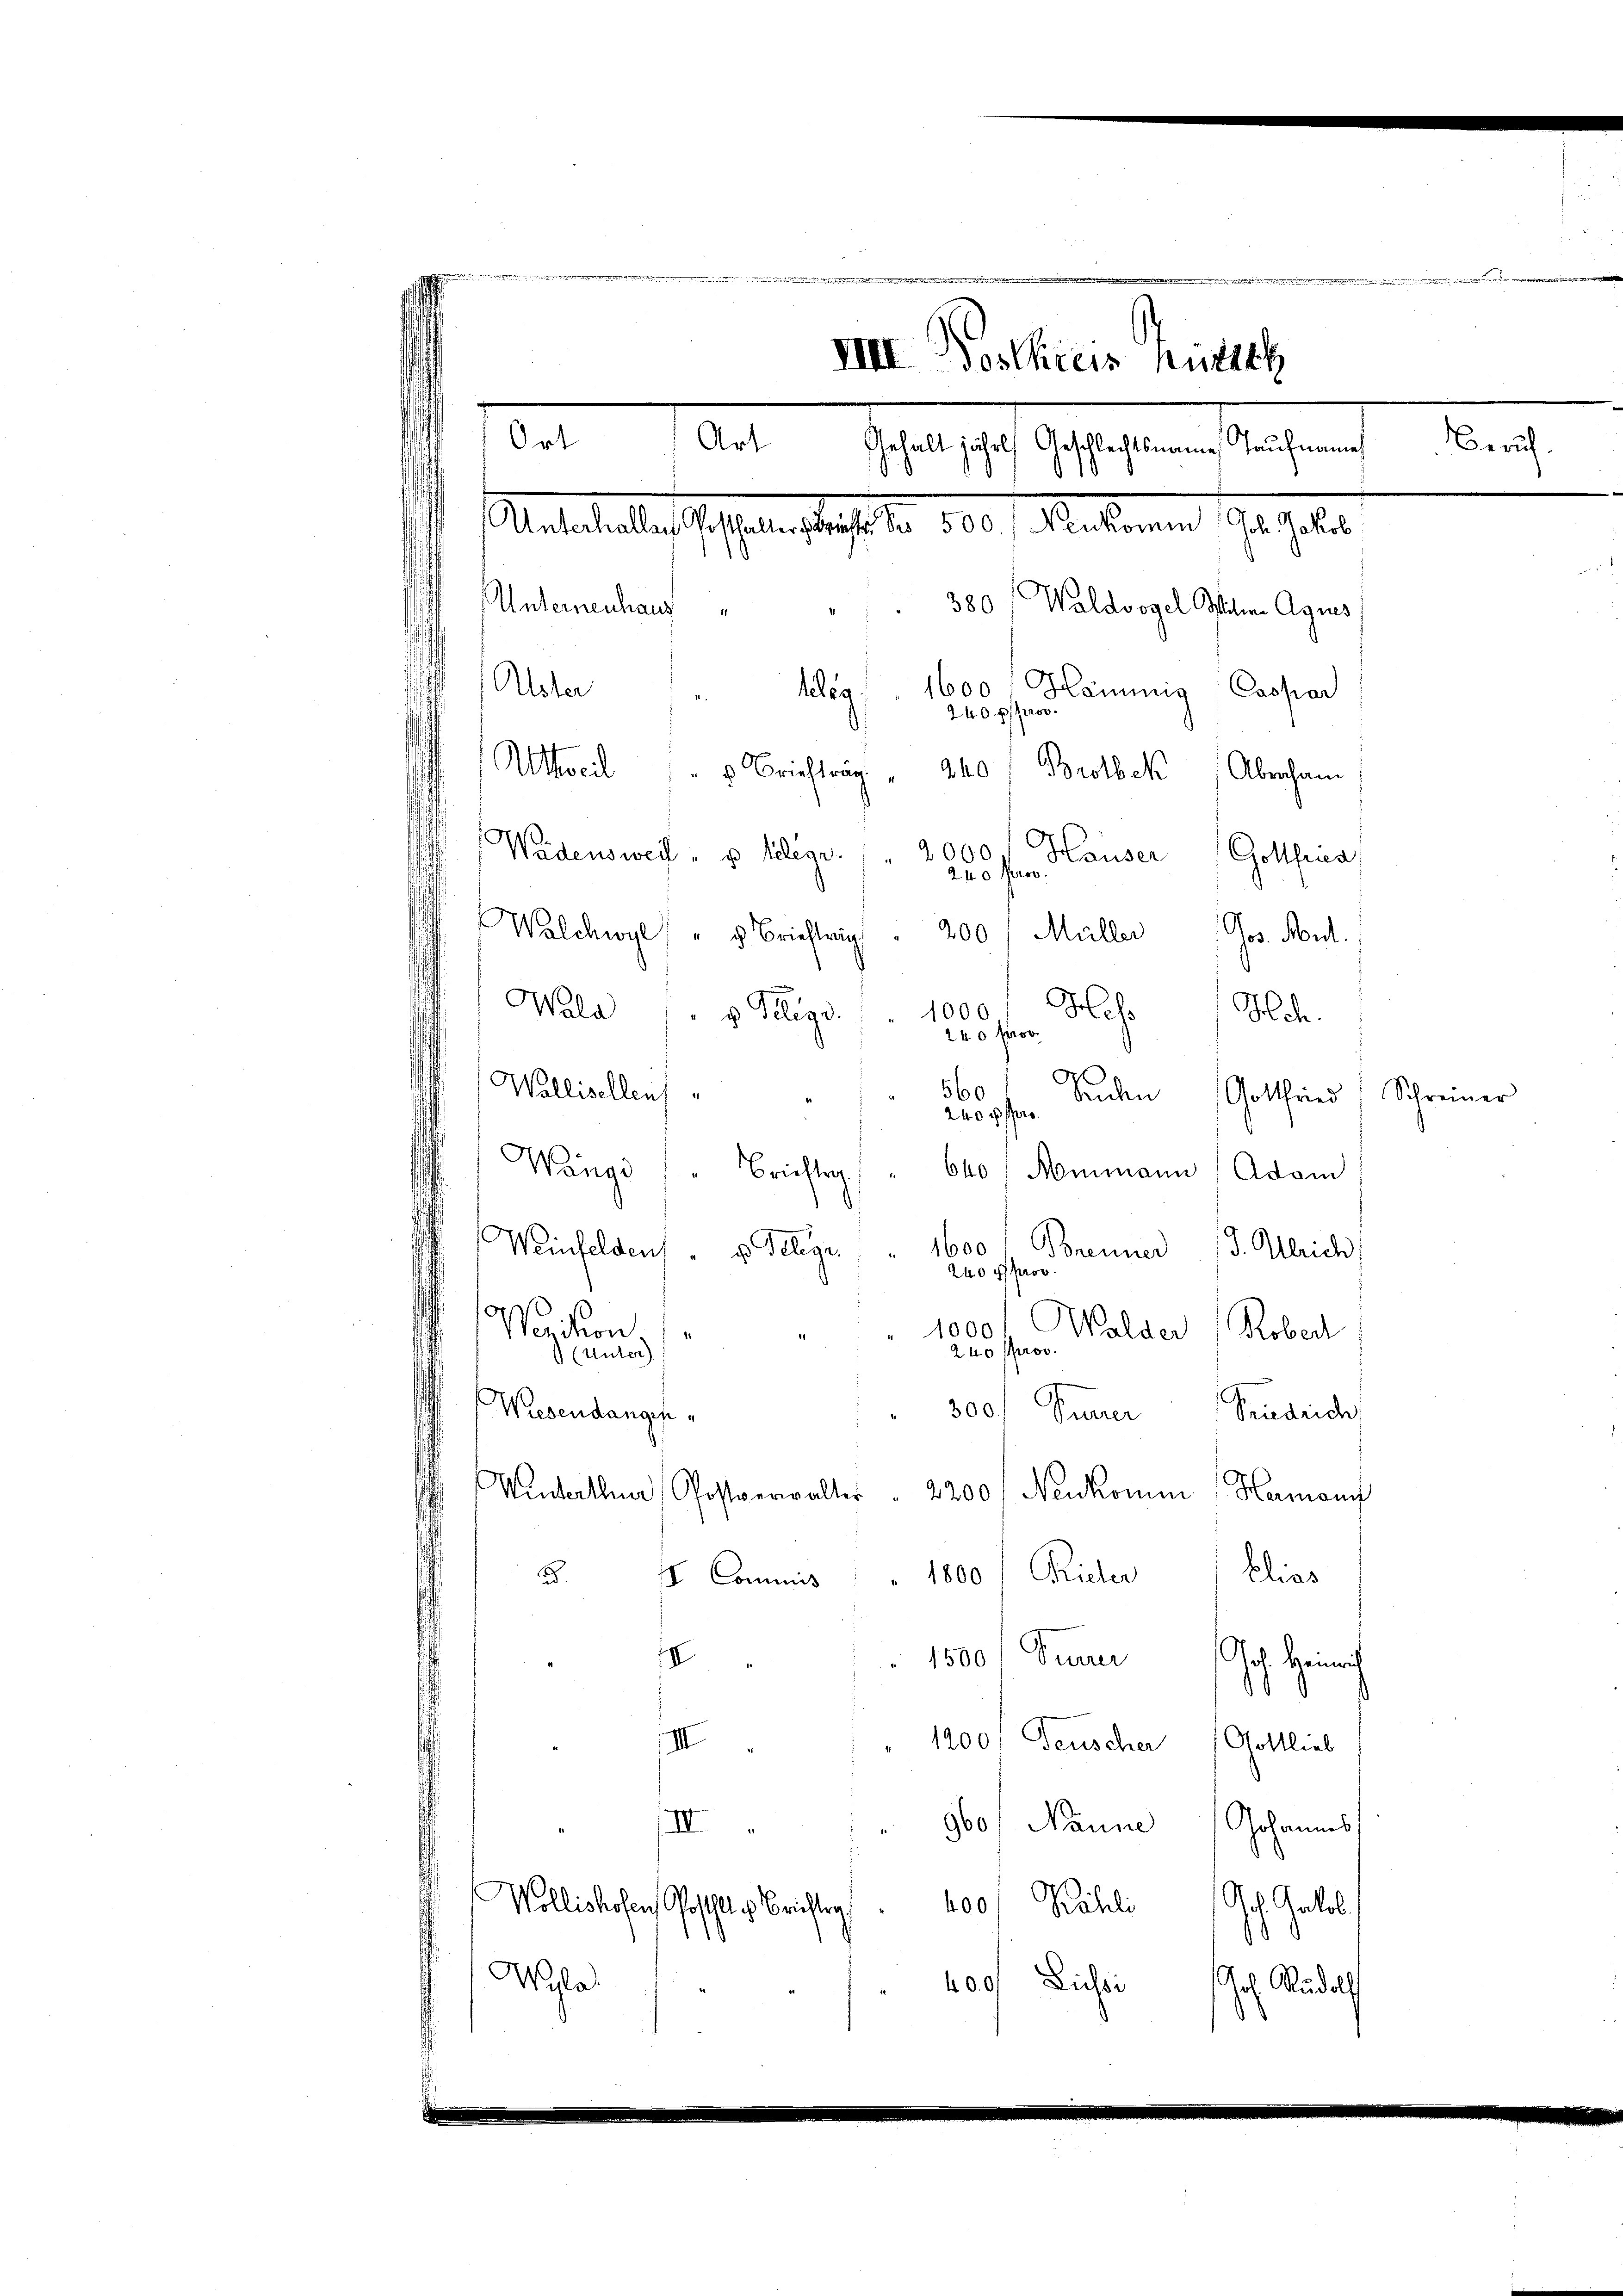
VIII Postkreis Hüttik
Ort
Art
 18. Gelegen diesen
satelaltes hoffene Sache er, 10 f. Maternen Geselbe
380
Waldvogel Milien Agnes
Unternenhaus
Alster
Hämmig, Caspar
1600
teleg
240 f 0
.
Altheil " " " Briefträg " 240 f Brotbek Aberhan
Wädensweil " u telege.
2000
Hauser Gotthia
240 Pro
Walchwyl " " Brieftrag. 200 / Müller Jos. Mut
Wald
1000
Hess Hch.
v. Plige

240 prov
o
Wallisellen
560
beden
Gottfried
2400 f
Wängi (" Brieftr " 640 / Mommann ( Adam
Weinfelden
1600
d. Gelege.
reo . . Brenner J. Gleich
100f
Vevision,
anösen Walder Rober
(unter
Wiesendangen,
300. Siner Brudeic
Underthur, Postverwalter " 2200 f Neukommn (Hamani
1800 Frieder Elias
B.
 Commis
II
1500 Junii Joh. Heinrich
IIII
1200f Feuscher Gottlieb
II " " 960/ Naune Johannes
Wollishofen, Posthaltes Berichtig
400/ Kahli Joh. Galob.
Wyla
Lichti
40.0
Joh. Rudolf

Schreiner

Zürich.